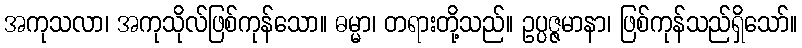
အကုသလာ၊ အကုသိုလ်ဖြစ်ကုန်သော။ ဓမ္မာ၊ တရားတို့သည်။ ဥပ္ပဇ္ဇမာနာ၊ ဖြစ်ကုန်သည်ရှိသော်။